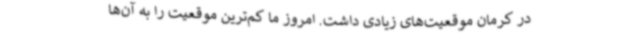
در کرمان موقعیت‌های زیادی داشت. امروز ما کم‌ترین موقعیت را به آن‌ها